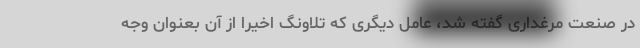
در صنعت مرغداری گفته شد، عامل دیگری که تلاونگ اخیرا از آن بعنوان وجه